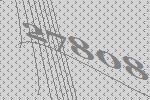
27808